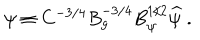
LaTeX: \psi \equiv C ^ { - 3 / 4 } B _ { g } ^ { - 3 / 4 } B _ { \psi } ^ { 1 / 2 } \widehat \psi \ .